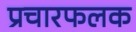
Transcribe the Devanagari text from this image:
प्रचारफलक